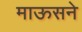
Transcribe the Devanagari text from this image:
माऊसने